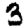
Digit: 3